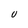
Character: U